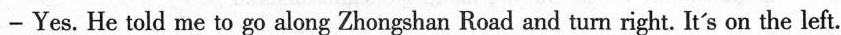
——Yes.He told me to go along Zhongshan Road and turn right. It's on the left.